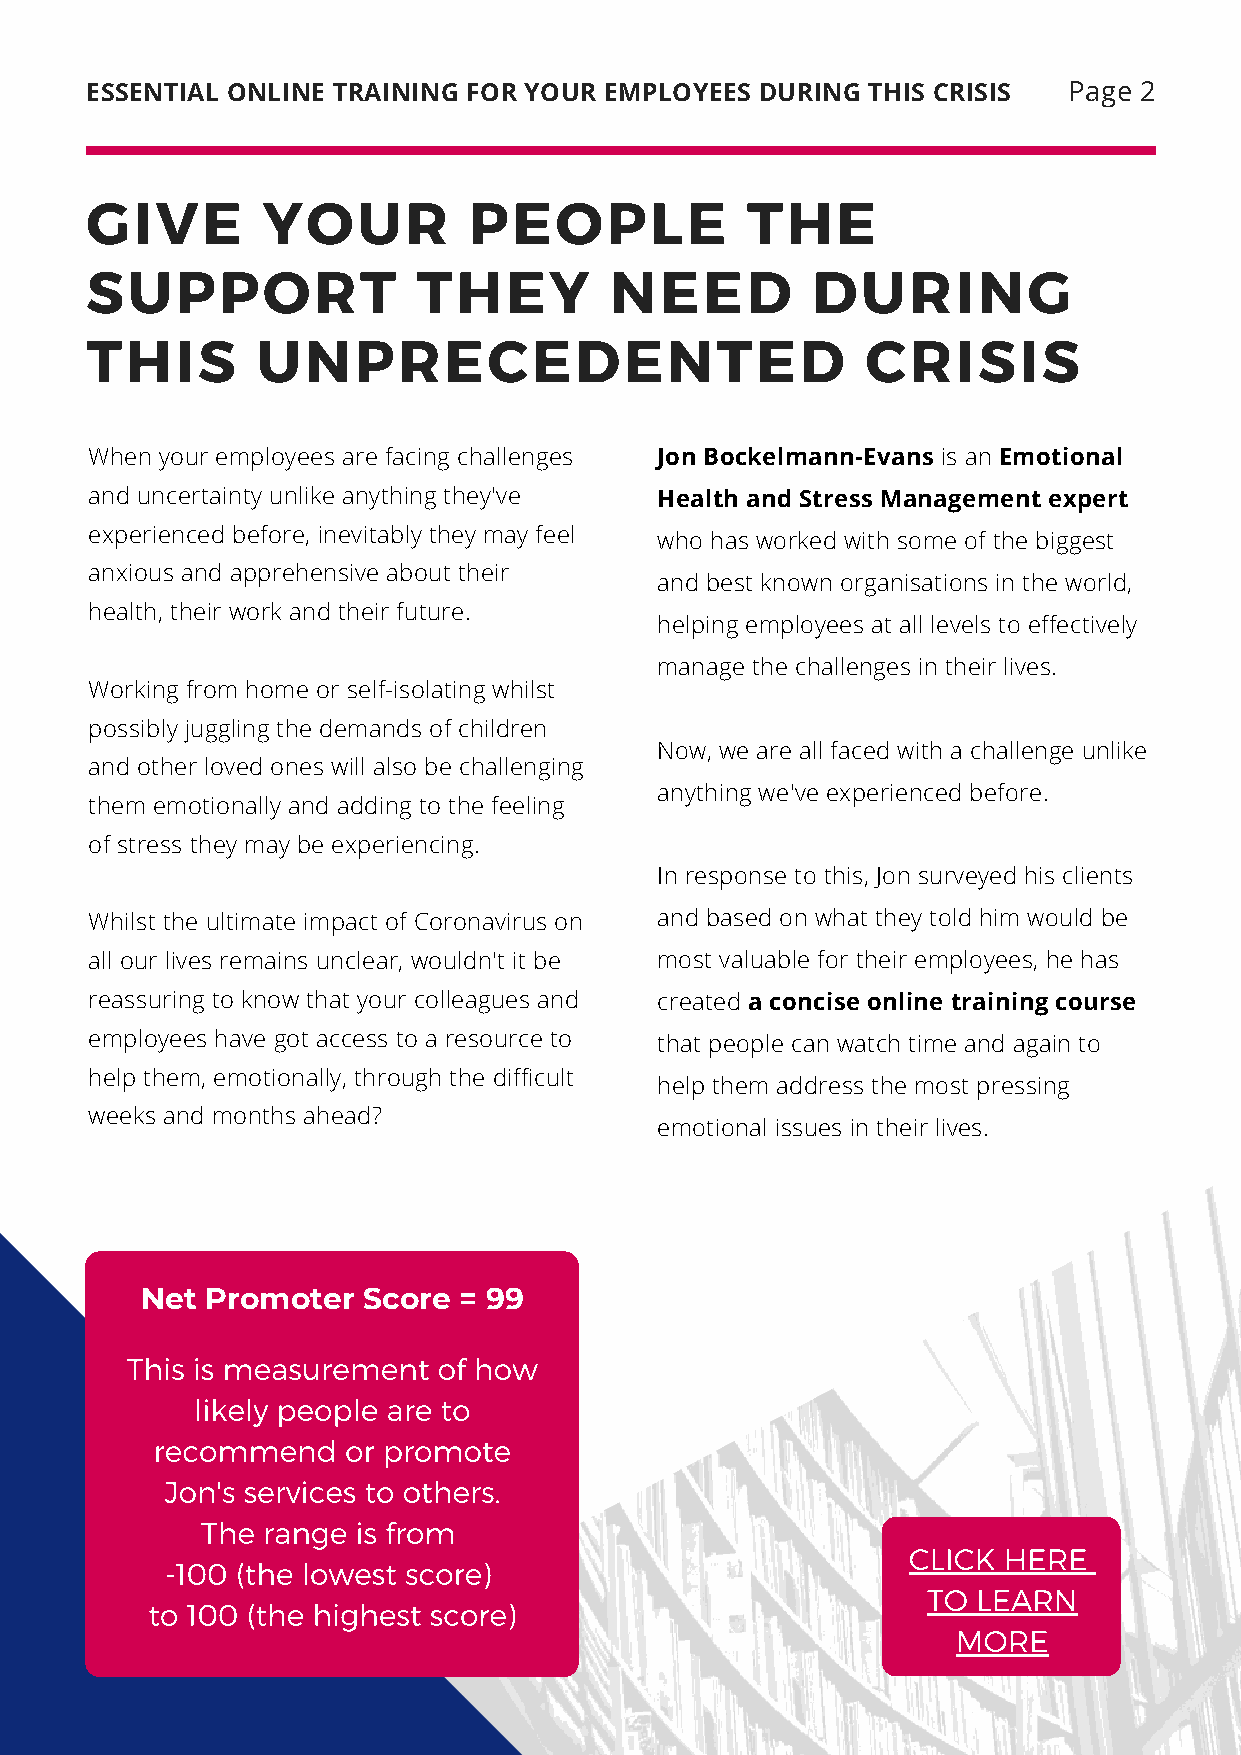
ESSENTIAL ONLINE TRAINING FOR YOUR EMPLOYEES DURING THIS CRISIS  Page 2
 GIVE       YOUR          PEOPLE            THE
 SUPPORT               THEY        NEED          DURING
 THIS       UNPRECEDENTED                           CRISIS
 When your employees are facing challenges Jon Bockelmann-Evans is an Emotional
 and uncertainty unlike anything they've Health and Stress Management expert
 experienced before, inevitably they may feel
 who has worked with some of the biggest
 anxious and apprehensive about their
 and best known organisations in the world,
 health, their work and their future.
 helping employees at all levels to effectively
 manage the challenges in their lives.
 Working from home or self-isolating whilst
 possibly juggling the demands of children
 Now, we are all faced with a challenge unlike
 and other loved ones will also be challenging
 anything we've experienced before.
 them emotionally and adding to the feeling
 of stress they may be experiencing.
 In response to this, Jon surveyed his clients
 Whilst the ultimate impact of Coronavirus on and based on what they told him would be
 all our lives remains unclear, wouldn't it be most valuable for their employees, he has
 reassuring to know that your colleagues and created a concise online training course
 employees have got access to a resource to that people can watch time and again to
 help them, emotionally, through the difficult
 help them address the most pressing
 weeks and months ahead?
 emotional issues in their lives.
 Net  Promoter  Score = 99
 This is measurement  of how
 likely people are to
 recommend    or promote
 Jon's services to others.
 The range  is from
 CLICK HERE
 -100 (the lowest score)
 TO  LEARN
 to 100 (the highest score)
 MORE